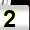
Digit: 2